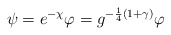
\begin{align*}\psi = e^{-\chi} \varphi = g^{- \frac14(1+\gamma)}\varphi\end{align*}